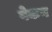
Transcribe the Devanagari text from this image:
वेकन